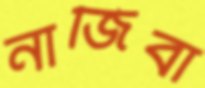
নাজিবা